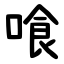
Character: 喰